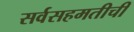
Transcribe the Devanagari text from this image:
सर्वसहमतीची